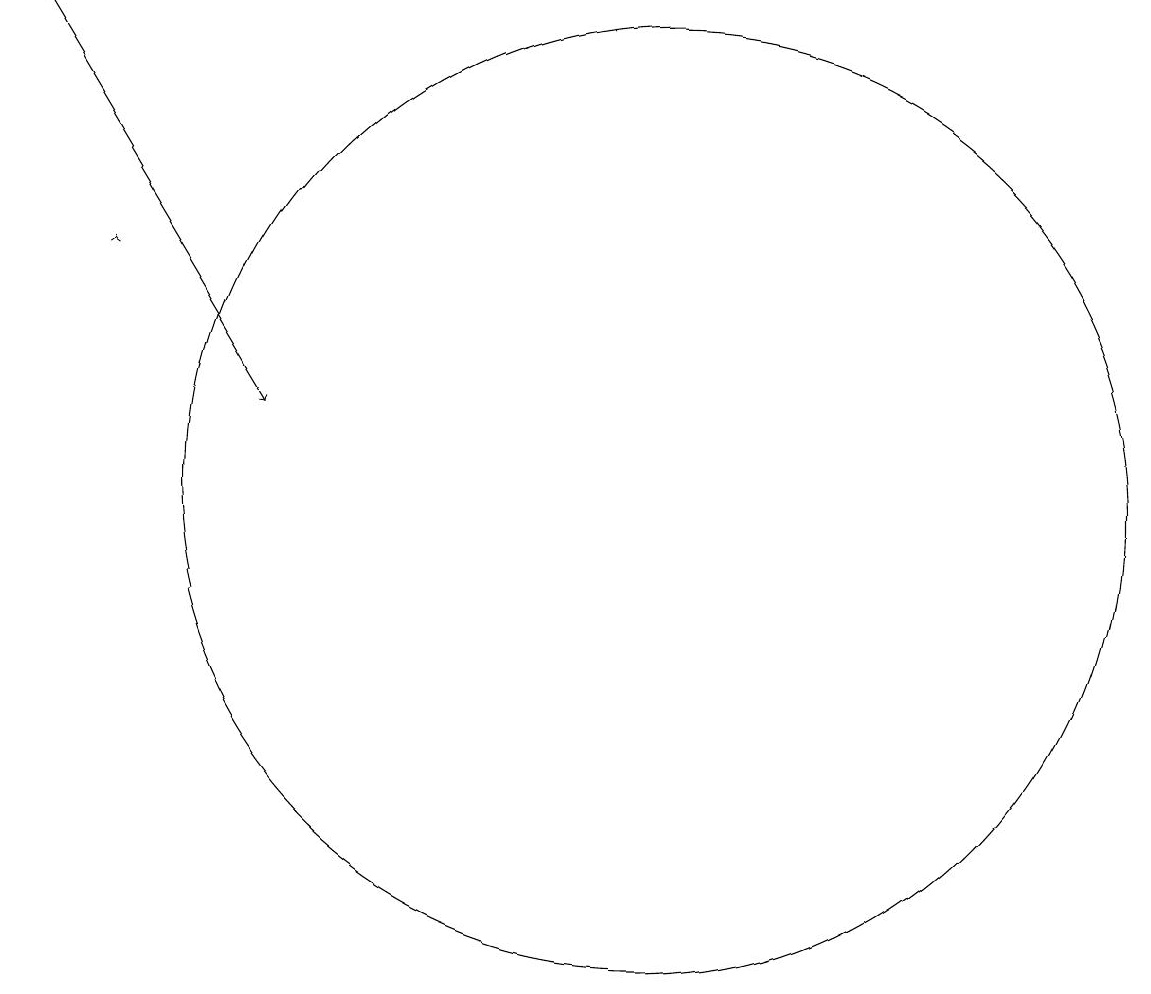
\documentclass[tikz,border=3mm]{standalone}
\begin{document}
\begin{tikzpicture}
\draw (11,11) circle (6);
\draw[->] (3,17) -- (6,12);
\draw[->] (4,14) -- (4,14);
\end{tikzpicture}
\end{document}